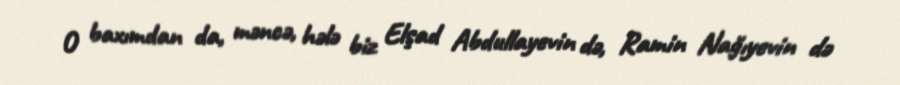
O baxımdan da, məncə, hələ biz Elşad Abdullayevin də, Ramin Nağıyevin də